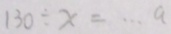
1 3 0 \div x = \cdots a